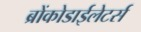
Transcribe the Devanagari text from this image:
ब्रोंकोडाईलेटर्स